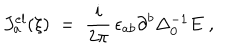
J _ { a } ^ { e l } ( \xi ) \; = \; \frac { i } { 2 \pi } \, \epsilon _ { a b } \partial ^ { b } \Delta _ { 0 } ^ { - 1 } E \; ,